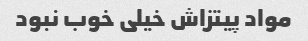
مواد پیتزاش خیلی خوب نبود